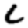
Digit: 6